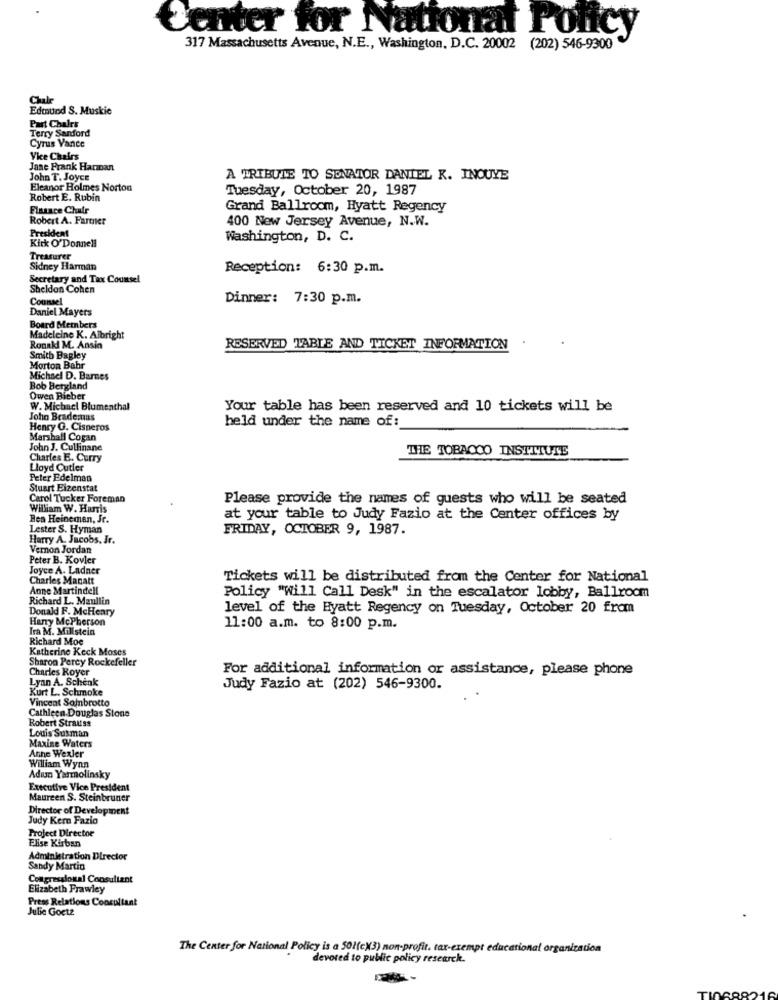
Center for National Policy
317 Massachusetts Avenue, N.E ., Washington, D.C. 20002 (202) 546-9300
Cale
Edmund S. Muskie
Part Chairs
Terry Sanford
Cyrus Vance
Vice Chairs
Jane Prank Harman
John T. Joyce
A TRIBUTE TO SENATOR DANIEL R. INOUYE
Eleanor Holmes Norton
Tuesday, October 20, 1987
Robert E. Rubin
Finance Chulr
Grand Ballroom, Hyatt Regency
Robert A. Farmer
400 New Jersey Avenue, N.W.
President
Kick O'Donnell
Washington, D. C.
Treasurer
Sidney Harman
Reception: 6:30 p.m.
Secretary and Tax Counsel
Sheldon Cohen
Counsel
Dinner: 7:30 p.m.
Daniel Mayers
Board Members
Madeleine K. Albright
RonakI M. Ansin
RESERVED TABLE AND TICKET INFORMATION
Smith Bagley
Morton Bahr
Michael D. Barnes
Bob Bergland
Owen Bieber
W. Michael Blumenthal
Your table has been reserved and 10 tickets will be
John Brademas
held under the name of:
Henry G. Cisneros
Marshall Cogan
John J. Cullinane
THE TOBACCO INSTITUTE
Charles E. Curry
Lloyd Cutler
Peter Edelman
Stuart Eizenstat
Carol Tucker Foreman
Please provide the names of guests who will be seated
William W. Harris
Ben Heinemen, Je.
at your table to Judy Fazio at the Center offices by
Lester S. Hyman
FRIDAY, OCTOBER 9, 1987.
Harry A. Jacobs, Jr.
Vernon Jordan
Peter B. Kovler
Joyce A. Ladner
Charles Manatt
Tickets will be distributed from the Center for National
Anne Martindell
Richard L. Maullin
Policy "Will Call Desk" in the escalator lobby, Ballroom
Donald F. McHenry
level of the Hyatt Regency on Tuesday, October 20 from
Harry McPherson
Ira M. Millstein
11:00 a.m. to 8:00 p.m.
Richard Moe
Katherine Keck Moses
Sharon Percy Rockefeller
Charles Royer
For additional information or assistance, please phone
Lyan A. Schenk
Kurt L. Schmoke
Judy Fazio at (202) 546-9300.
Vincent Soinbrotto
Cathleen Douglas Stone
Robert Strauss
Louis Susman
Maxine Waters
Anne Wexler
William Wynn
Adıun Yarmolinsky
Executive Vice President
Maureen S. Steinbruner
Director of Development
Judy Kern Fazio
Project Director
Elise Kirban
Administration Director
Sandy Martin
Congressional Consultant
Elizabeth Prawley
Press Relations Consultant
Julie Goetz
The Center for National Policy is a 501(c)3) non-profit. tax-exempt educational organization
devoted to public policy research.